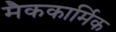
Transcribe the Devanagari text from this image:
मैककार्मिक